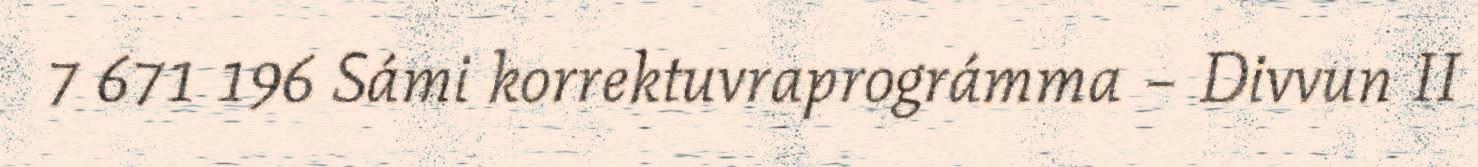
7 671 196 Sámi korrektuvraprográmma – Divvun II